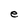
Character: e